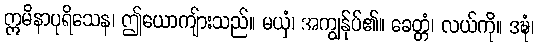
ဣမိနာပုရိသေန၊ ဤယောကျ်ားသည်။ မယှံ၊ အကျွန်ုပ်၏။ ခေတ္တံ၊ လယ်ကို။ ဒဍ္ဎံ၊